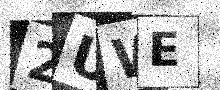
Text: 2UWE